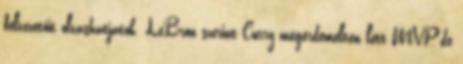
felvezetőit olvashatjátok. LeBron szerint Curry megérdemelten lett MVP, de